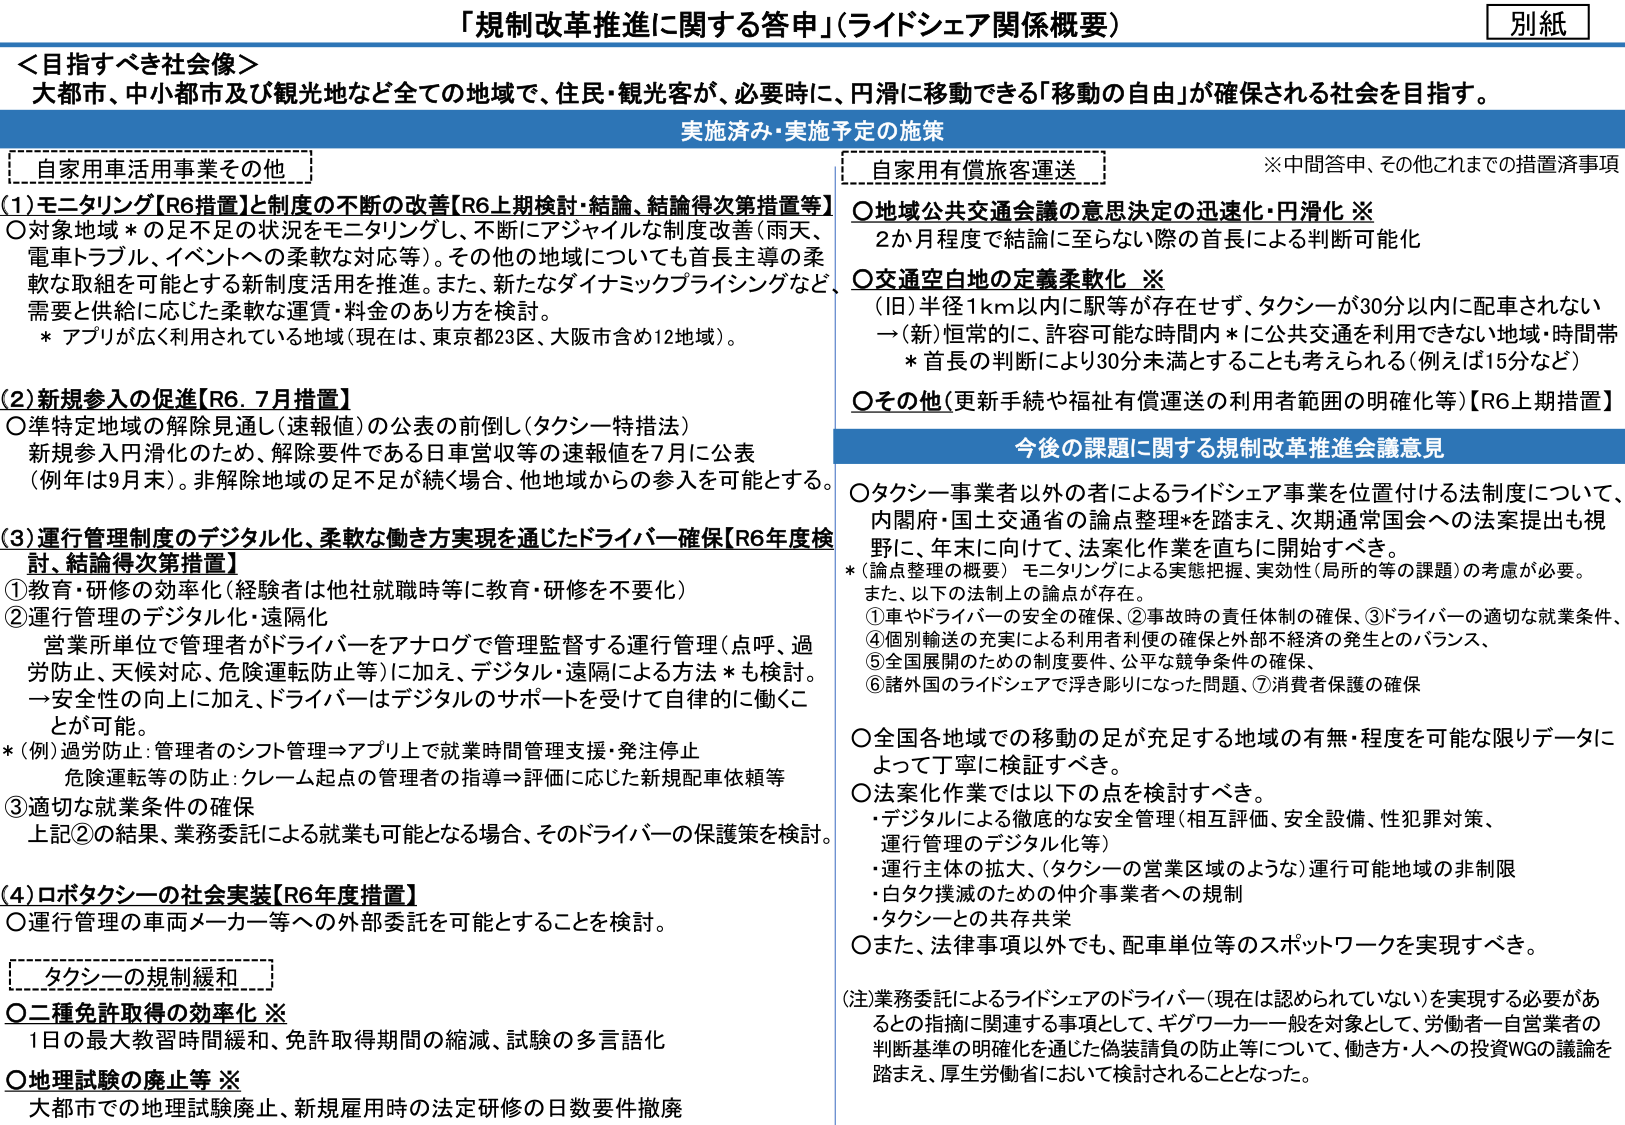
「規制改革推進に関する答申」（ライドシェア関係概要）

別紙

＜目指すべき社会像＞
大都市、中小都市及び観光地など全ての地域で、住民・観光客が、必要時に、円滑に移動できる「移動の自由」が確保される社会を目指す。

実施済み・実施予定の施策

自家用車活用事業その他
(1) モニタリング【R6措置】と制度の不断の改善【R6上期検討・結論、結論得次第措置等】
○対象地域＊の足不足の状況をモニタリングし、不断にアジャイルな制度改善（雨天、電車トラブル、イベントへの柔軟な対応等）。その他の地域についても首長主導の柔軟な取組を可能とする新制度活用を推進。また、新たなダイナミックプライシングなど、需要と供給に応じた柔軟な運賃・料金のあり方を検討。
＊アプリが広く利用されている地域（現在は、東京都23区、大阪市含め12地域）。

(2) 新規参入の促進【R6.7月措置】
○準特定地域の解除見通し（速報値）の公表の前倒し（タクシー特措法）
新規参入円滑化のため、解除要件である日車営収等の速報値を7月に公表（例年は9月末）。非解除地域の足不足が続く場合、他地域からの参入を可能とする。

(3) 運行管理制度のデジタル化、柔軟な働き方実現を通じたドライバー確保【R6年度検討、結論得次第措置】
①教育・研修の効率化（経験者は他社就職時等に教育・研修を不要化）
②運行管理のデジタル化・遠隔化
営業所単位で管理者がドライバーをアナログで管理監督する運行管理（点呼、過労防止、天候対応、危険運転防止等）に加え、デジタル・遠隔による方法＊も検討。
→安全性の向上に加え、ドライバーはデジタルのサポートを受けて自律的に働くことが可能。
＊（例）過労防止：管理者のシフト管理⇒アプリ上で就業時間管理支援・発注停止
危険運転等の防止：クレーム起点の管理者の指導⇒評価に応じた新規配車依頼等
③適切な就業条件の確保
上記②の結果、業務委託による就業も可能となる場合、そのドライバーの保護策を検討。

(4) ロボタクシーの社会実装【R6年度措置】
○運行管理の車両メーカー等への外部委託を可能とすることを検討。

タクシーの規制緩和
○二種免許取得の効率化 ※
1日の最大教習時間緩和、免許取得期間の縮減、試験の多言語化
○地理試験の廃止等 ※
大都市での地理試験廃止、新規雇用時の法定研修の日数要件撤廃

自家用有償旅客運送
※中間答申、その他これまでの措置済事項
○地域公共交通会議の意思決定の迅速化・円滑化 ※
2か月程度で結論に至らない際の首長による判断可能性
○交通空白地の定義柔軟化 ※
（旧）半径1km以内に駅等が存在せず、タクシーが30分以内に配車されない
→（新）恒常的に、許容可能な時間内＊に公共交通を利用できない地域・時間帯
＊首長の判断により30分未満とすることも考えられる（例えば15分など）
○その他（更新手続や福祉有償運送の利用者範囲の明確化等）【R6上期措置】

今後の課題に関する規制改革推進会議意見
○タクシー事業者以外の者によるライドシェア事業を位置付ける法制度について、内閣府・国土交通省の論点整理＊を踏まえ、次期通常国会への法案提出も視野に、年末に向け、法案化作業を直ちに開始すべき。
＊（論点整理の概要）モニタリングによる実態把握、実効性（局所的等の課題）の考慮が必要。
また、以下の法制上の論点が存在。
①車やドライバーの安全の確保、②事故時の責任体制の確保、③ドライバーの適切な就業条件、
④個別輸送の充実による利用者利便の確保と外部不経済の発生とのバランス、
⑤全国展開のための制度要件、公平な競争条件の確保、
⑥諸外国のライドシェアで浮き彫りになった問題、⑦消費者保護の確保

○全国各地域での移動の足が充足する地域の有無・程度を可能な限りデータによって丁寧に検証すべき。
○法案化作業では以下の点を検討すべき。
・デジタルによる徹底的な安全管理（相互評価、安全設備、性犯罪対策、運行管理のデジタル化等）
・運行主体の拡大、（タクシーの営業区域のような）運行可能地域の非制限
・白タク撲滅のための仲介事業者への規制
・タクシーとの共存共栄
○また、法律事項以外でも、配車単位等のスポットワークを実現すべき。

（注）業務委託によるライドシェアのドライバー（現在は認められていない）を実現する必要があるとの指摘に関連する事項として、ギグワーカー一般を対象として、労働者－自営業者の判断基準の明確化を通じた偽装請負の防止等について、働き方・人への投資WGの議論を踏まえ、厚生労働省において検討されることとなった。